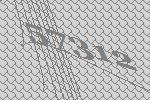
57312